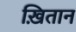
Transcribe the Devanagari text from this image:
ख़ितान